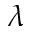
\lambda